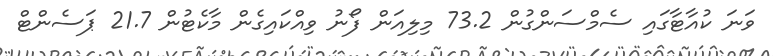
ވަނަ ކުއާޓާގައި ސެމްސަންގުން 73.2 މިލިއަން ފޯނު ވިއްކައިގެން މާކެޓުން 21.7 ޕަސެންޓް